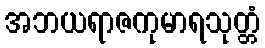
အဘယရာဇကုမာရသုတ္တံ